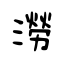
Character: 澇